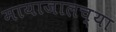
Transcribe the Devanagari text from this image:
मायाजालच्या